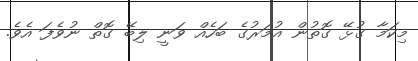
މިކަމާ ގުޅޭ ގޮތުން އުމަރުގެ ބަހެއް ވަނީ ލިބޭ ގޮތް ނުވެފަ އެވެ.